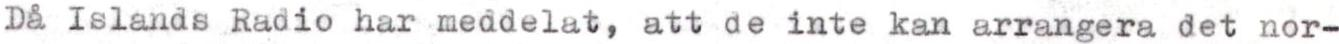
Då Islands Radio har meddelat, att de inte kan arrangera det nor-